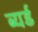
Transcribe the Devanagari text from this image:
ब्यर्ड